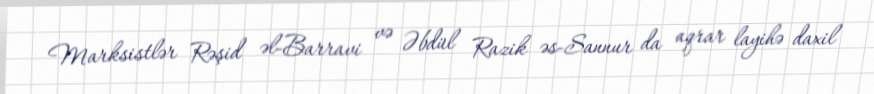
Marksistlər Rəşid əl-Barravi və Əbdül Razik əs-Sannur da aqrar layihə daxil